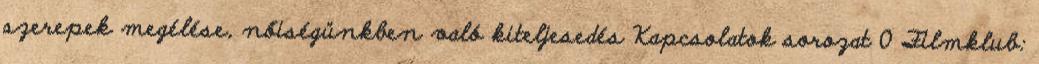
szerepek megélése, nőiségünkben való kiteljesedés Kapcsolatok sorozat 0 Filmklub: